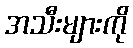
အသီးများကို